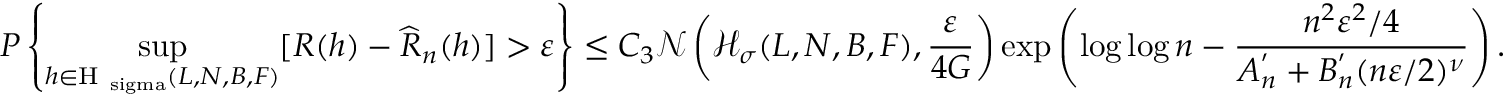
P \left\{ \underset { h \in \mathrm { H _ { \ s i g m a } } ( L , N , B , F ) } { \operatorname* { s u p } } [ R ( h ) - \widehat { R } _ { n } ( h ) ] > \varepsilon \right\} \leq C _ { 3 } \mathcal { N } \left( \mathcal { H } _ { \sigma } ( L , N , B , F ) , \frac { \varepsilon } { 4 G } \right) \exp \left( \log \log n - \frac { n ^ { 2 } \varepsilon ^ { 2 } / 4 } { A _ { n } ^ { ' } + B _ { n } ^ { ' } ( n \varepsilon / 2 ) ^ { \nu } } \right) .